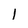
Character: 1